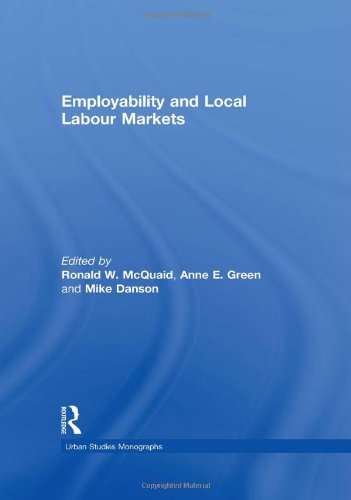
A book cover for Employability and Local Labour Markets (Urban Studies Monographs S.); Business & Money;